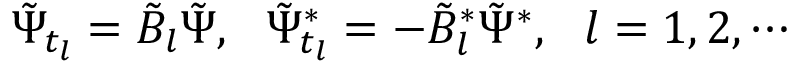
\tilde { \Psi } _ { t _ { l } } = \tilde { B } _ { l } \tilde { \Psi } , \ \ \tilde { \Psi } _ { t _ { l } } ^ { * } = - \tilde { B } _ { l } ^ { * } \tilde { \Psi } ^ { * } , \ \ l = 1 , 2 , \cdots